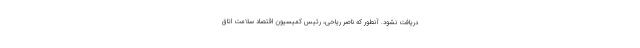
دریافت نشود. آنطور که ناصر ریاحی، رئیس کمیسیون اقتصاد سلامت اتاق